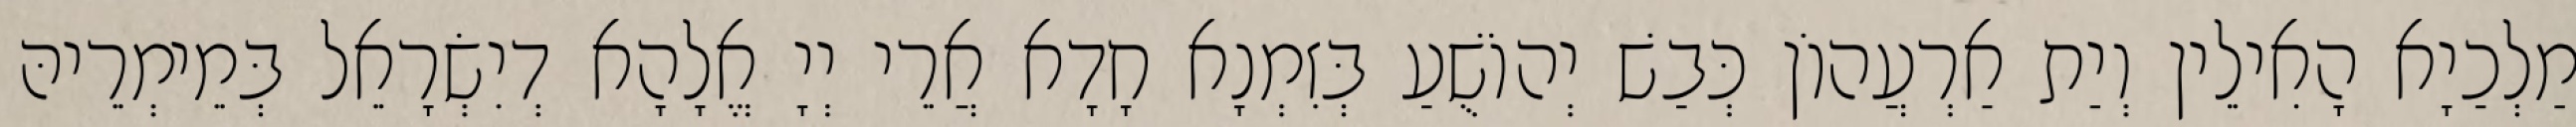
מַלְכַיָא הָאִילֵין וְיַת אַרְעֲהוֹן כְּבַשׁ יְהוֹשֻׁעַ בְּזִמְנָא חָדָא אֲרֵי יְיָ אֱלָהָא דְיִשְׂרָאֵל בְּמֵימְרֵיהּ